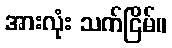
အားလုံး သက်ငြိမ်။